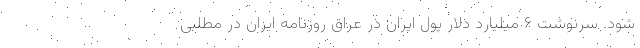
شود. سرنوشت ۶ میلیارد دلار پول ایران در عراق روزنامه ایران در مطلبی